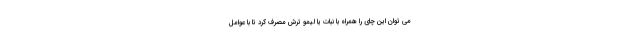
مي توان اين چاي را همراه با نبات يا ليمو ترش مصرف کرد تا با عوامل